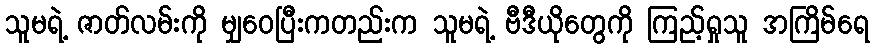
သူမရဲ့ ဇာတ်လမ်းကို မျှဝေပြီးကတည်းက သူမရဲ့ ဗီဒီယိုတွေကို ကြည့်ရှုသူ အကြိမ်ရေ